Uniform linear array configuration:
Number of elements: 8
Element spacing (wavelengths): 0.5
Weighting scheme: kaiser
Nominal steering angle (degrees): -60
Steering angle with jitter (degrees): -58.982
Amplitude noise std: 0.05
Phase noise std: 0.05

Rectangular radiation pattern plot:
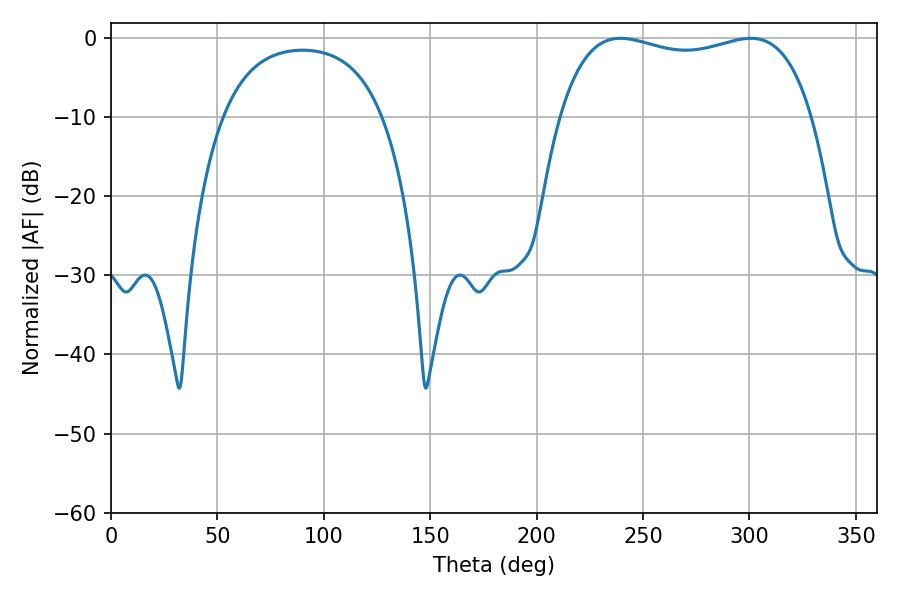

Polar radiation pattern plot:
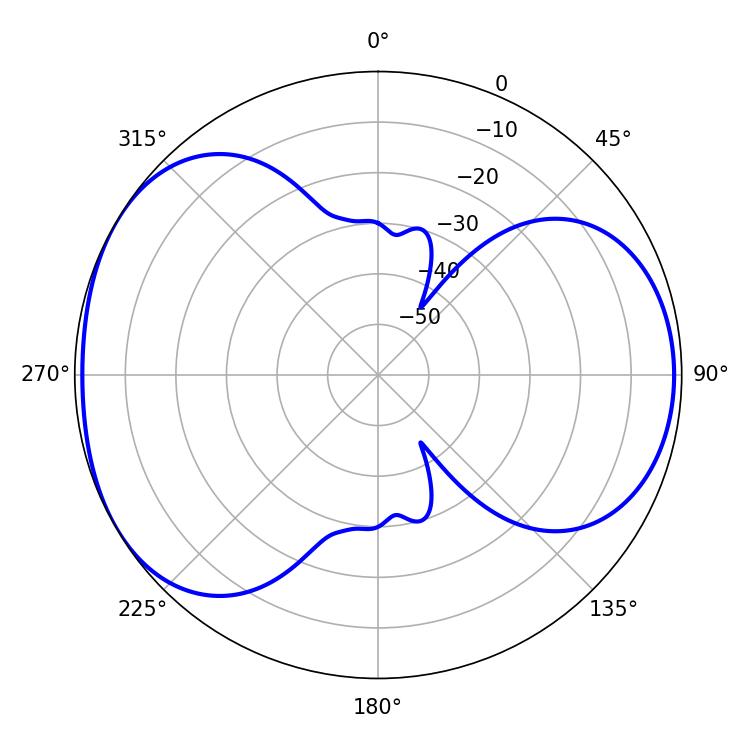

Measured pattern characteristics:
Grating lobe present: FALSE
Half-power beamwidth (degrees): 96.48
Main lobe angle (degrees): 239.4